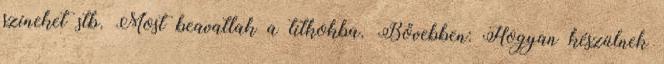
színeket stb. Most beavatlak a titkokba. Bővebben: Hogyan készülnek